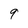
Character: 9